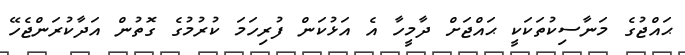
ޙައްޖުގެ މަނާސިކުތަކަކީ ޙައްޖަށް ދާމީހާ އެ އަޅުކަން ފުރިހަމަ ކުރުމުގެ ގޮތުން އަދާކުރަންޖެހޭ